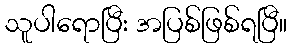
သူပါရောပြီး အပြစ်ဖြစ်ရပြီ။